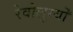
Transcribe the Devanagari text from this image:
रेवोलुस्योँ